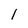
Character: l